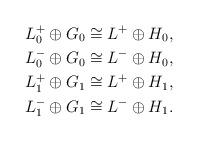
LaTeX: \begin{align*}L^+_0\oplus G_0&\cong L^+\oplus H_0,\\L^-_0\oplus G_0&\cong L^-\oplus H_0,\\L^+_1\oplus G_1&\cong L^+\oplus H_1,\\L^-_1\oplus G_1&\cong L^-\oplus H_1.\end{align*}